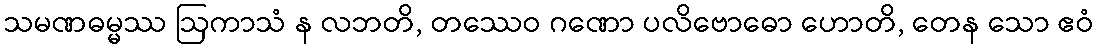
သမဏဓမ္မဿ ဩကာသံ န လဘတိ, တဿေဝ ဂဏော ပလိဗောဓော ဟောတိ, တေန သော ဧဝံ